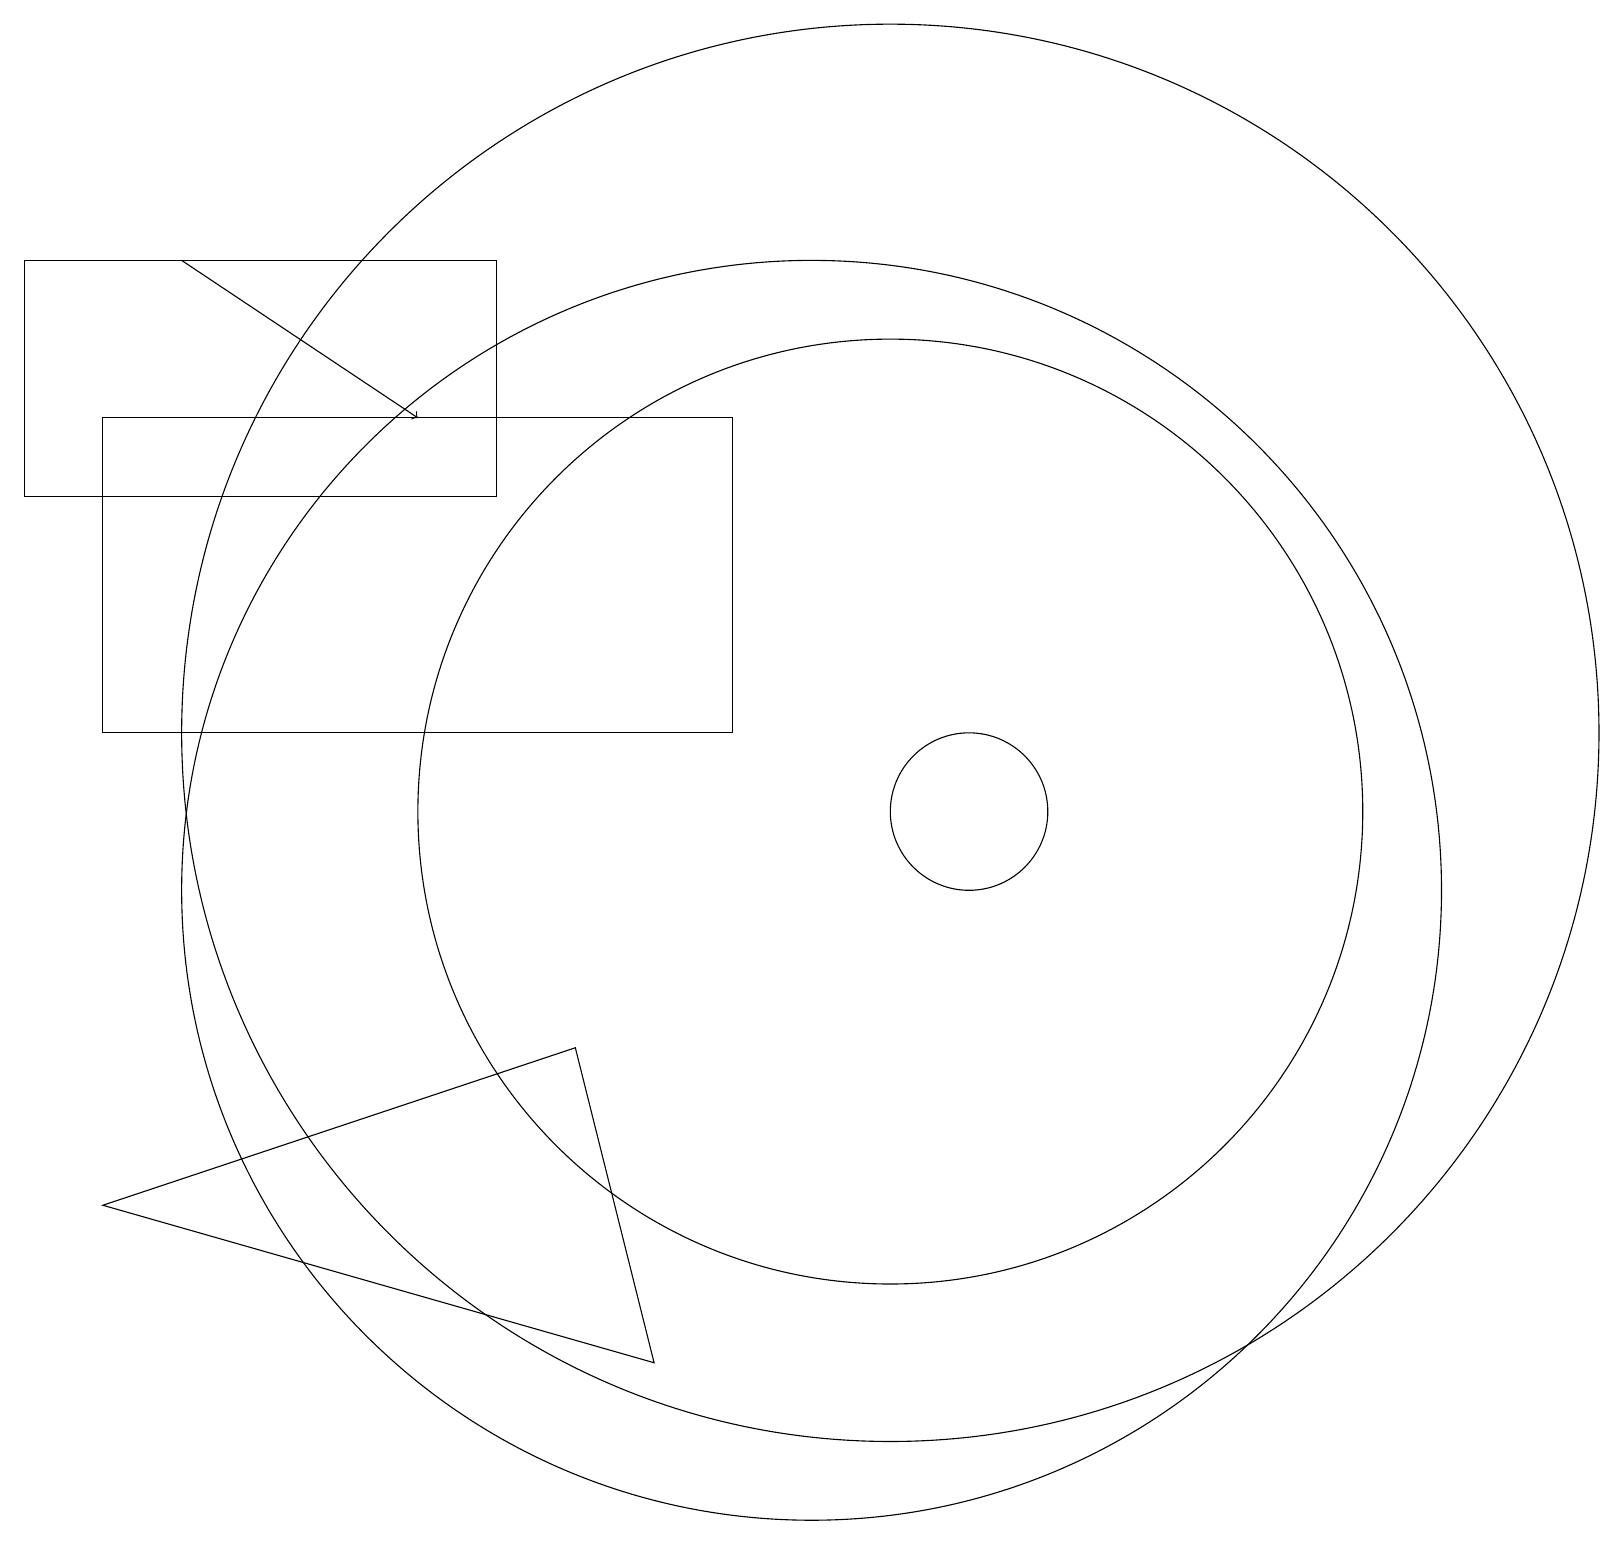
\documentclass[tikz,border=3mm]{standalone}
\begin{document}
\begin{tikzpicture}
\draw (11,12) circle (9);
\draw (1,6) -- (8,4) -- (7,8) -- cycle;
\draw (1,12) rectangle (9,16);
\draw (11,11) circle (6);
\draw (0,18) rectangle (6,15);
\draw (10,10) circle (8);
\draw[->] (2,18) -- (5,16);
\draw (12,11) circle (1);
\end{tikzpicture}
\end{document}